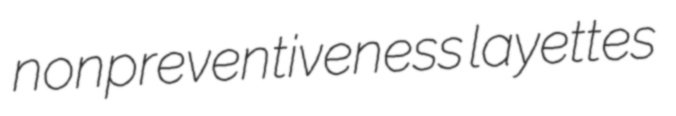
nonpreventiveness layettes